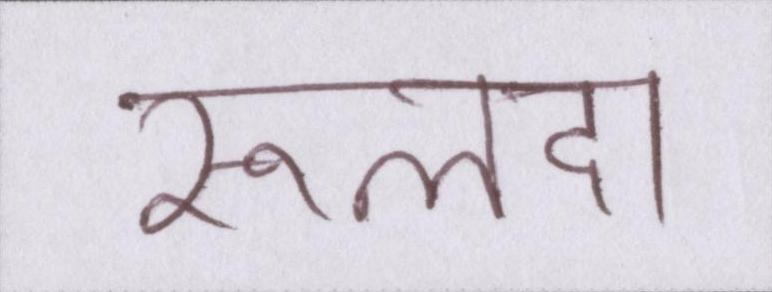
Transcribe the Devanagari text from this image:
रूलदा